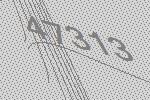
47313